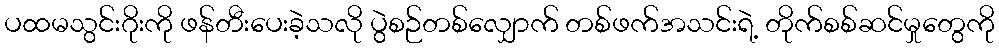
ပထမသွင်းဂိုးကို ဖန်တီးပေးခဲ့သလို ပွဲစဉ်တစ်လျှောက် တစ်ဖက်အသင်းရဲ့ တိုက်စစ်ဆင်မှုတွေကို